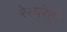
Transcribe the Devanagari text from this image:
रेस्परेट्री